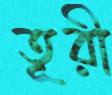
তূরী